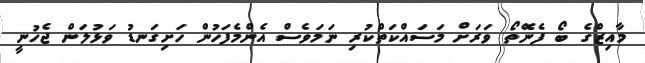
މާއިޒްގެ ބޯ ފެނޭޮތޯ ވަރަށް މަސައްކަތްކުރި ނަމަވެސް އެންމެފަހުން ހަށިގަނޑު ވަޅުލަން ޖެހުނީ